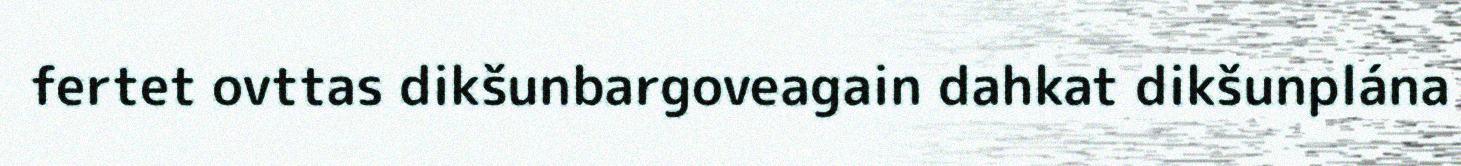
fertet ovttas dikšunbargoveagain dahkat dikšunplána